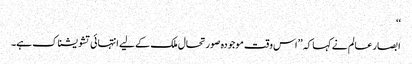
‘‘
ابصار عالم نے کہا کہ ’’اس وقت موجودہ صورتحال ملک کے لیے انتہائی تشویشناک ہے۔